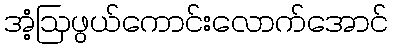
အံ့ဩဖွယ်ကောင်းလောက်အောင်